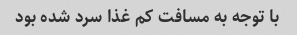
با توجه به مسافت کم غذا سرد شده بود